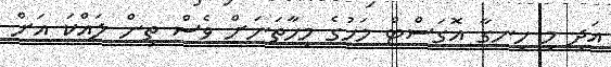
އަދި މި ހިނގާ އޮގަސްޓް މަހުގެ މިހާތަނަށް ވެސް ތިން ލައްކަ އަށް